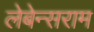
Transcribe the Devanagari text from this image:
लेबेन्सराम